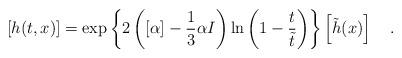
LaTeX: \begin{align*}\left[ h(t,x) \right] =\exp \left\{ 2 \left( [\alpha]-\frac{1}{3}\alpha I \right)\ln \left( 1-\frac{t}{\tilde{t}} \right)\right\}\left[ \tilde{h}(x) \right] ~~~.\end{align*}